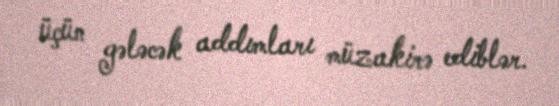
üçün gələcək addımları müzakirə ediblər.